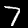
Digit: 7